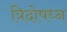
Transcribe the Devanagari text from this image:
त्रिदोषध्न